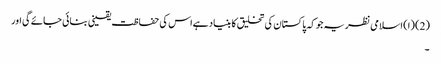
(2) (ا) اسلامی نظریہ جوکہ پاکستان کی تخلیق کا بنیاد ہےاس کی حفاظت یقینی بنائی جائے گی اور
۔